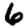
Digit: 6